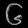
Digit: ၆